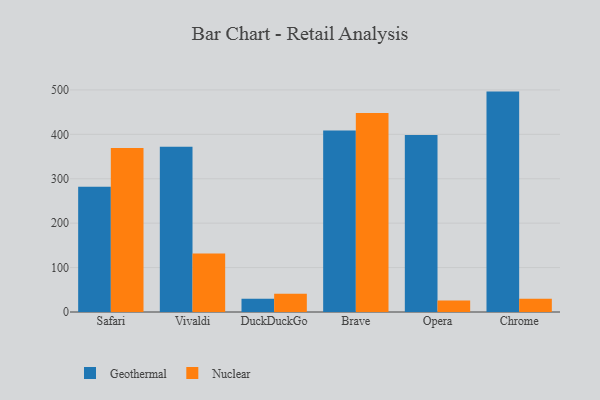
{"axis": {"x": "Browser", "y": "Churn Rate (%)"}, "legend": ["Geothermal", "Nuclear"], "data": [{"x": "Safari", "y": 282.2, "type": "Geothermal"}, {"x": "Safari", "y": 369.0, "type": "Nuclear"}, {"x": "Vivaldi", "y": 371.9, "type": "Geothermal"}, {"x": "Vivaldi", "y": 131.5, "type": "Nuclear"}, {"x": "DuckDuckGo", "y": 30.0, "type": "Geothermal"}, {"x": "DuckDuckGo", "y": 41.0, "type": "Nuclear"}, {"x": "Brave", "y": 408.4, "type": "Geothermal"}, {"x": "Brave", "y": 448.0, "type": "Nuclear"}, {"x": "Opera", "y": 398.5, "type": "Geothermal"}, {"x": "Opera", "y": 26.1, "type": "Nuclear"}, {"x": "Chrome", "y": 496.2, "type": "Geothermal"}, {"x": "Chrome", "y": 29.8, "type": "Nuclear"}]}